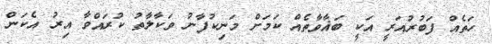
ހަތެއް ފަބުރުއަރީ އަކީ ބަޣާވާތެއް ކަމަށް މަނިކުފާނު ވަކާލާތު ކުރައްވާ އިރު އެކަން